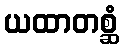
ယထာတစ္ဆံ